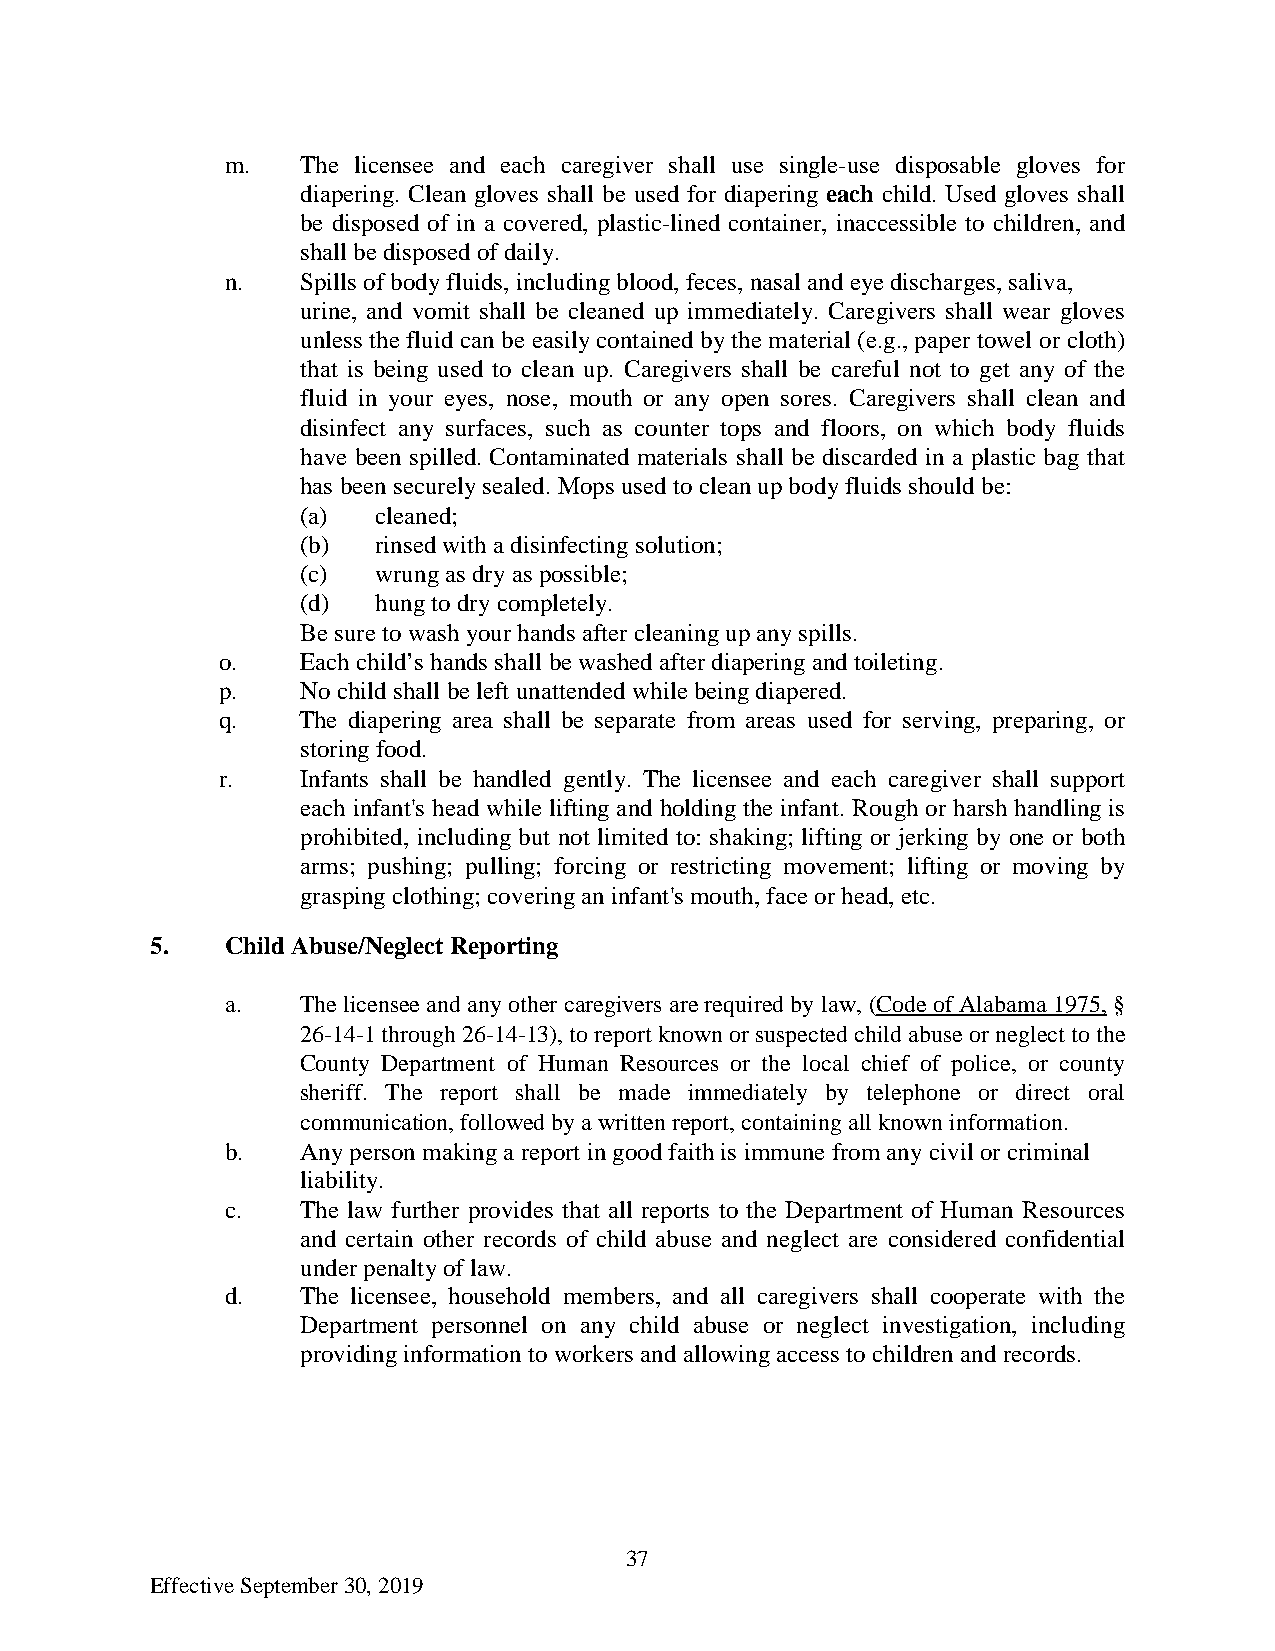
m.   The licensee and each caregiver shall use single-use disposable gloves for
 diapering. Clean gloves shall be used for diapering each child. Used gloves shall
 be disposed of in a covered, plastic-lined container, inaccessible to children, and
 shall be disposed of daily.
 n.   Spills of body fluids, including blood, feces, nasal and eye discharges, saliva,
 urine, and vomit shall be cleaned up immediately. Caregivers shall wear gloves
 unless the fluid can be easily contained by the material (e.g., paper towel or cloth)
 that is being used to clean up. Caregivers shall be careful not to get any of the
 fluid in your eyes, nose, mouth or any open sores. Caregivers shall clean and
 disinfect any surfaces, such as counter tops and floors, on which body fluids
 have been spilled. Contaminated materials shall be discarded in a plastic bag that
 has been securely sealed. Mops used to clean up body fluids should be:
 (a)  cleaned;
 (b)  rinsed with a disinfecting solution;
 (c)  wrung as dry as possible;
 (d)  hung to dry completely.
 Be sure to wash your hands after cleaning up any spills.
 o.    Each child’s hands shall be washed after diapering and toileting.
 p.    No child shall be left unattended while being diapered.
 q.    The diapering area shall be separate from areas used for serving, preparing, or
 storing food.
 r.    Infants shall be handled gently. The licensee and each caregiver shall support
 each infant's head while lifting and holding the infant. Rough or harsh handling is
 prohibited, including but not limited to: shaking; lifting or jerking by one or both
 arms; pushing; pulling; forcing or restricting movement; lifting or moving by
 grasping clothing; covering an infant's mouth, face or head, etc.
 5.   Child Abuse/Neglect Reporting
 a.   The licensee and any other caregivers are required by law, (Code of Alabama 1975, §
 26-14-1 through 26-14-13), to report known or suspected child abuse or neglect to the
 County Department of Human Resources or the local chief of police, or county
 sheriff. The report shall be made immediately by telephone or direct oral
 communication, followed by a written report, containing all known information.
 b.   Any person making a report in good faith is immune from any civil or criminal
 liability.
 c.   The law further provides that all reports to the Department of Human Resources
 and certain other records of child abuse and neglect are considered confidential
 under penalty of law.
 d.   The licensee, household members, and all caregivers shall cooperate with the
 Department personnel on any child abuse or neglect investigation, including
 providing information to workers and allowing access to children and records.
 37
 Effective September 30, 2019